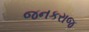
જનકરાજ